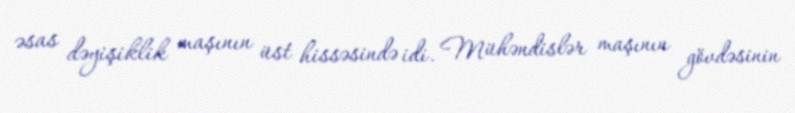
əsas dəyişiklik maşının üst hissəsində idi. Mühəndislər maşının gövdəsinin